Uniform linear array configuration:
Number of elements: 24
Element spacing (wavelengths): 0.5
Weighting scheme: exponential
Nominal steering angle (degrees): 15
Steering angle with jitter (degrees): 13.189
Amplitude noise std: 0.05
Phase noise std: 0.05

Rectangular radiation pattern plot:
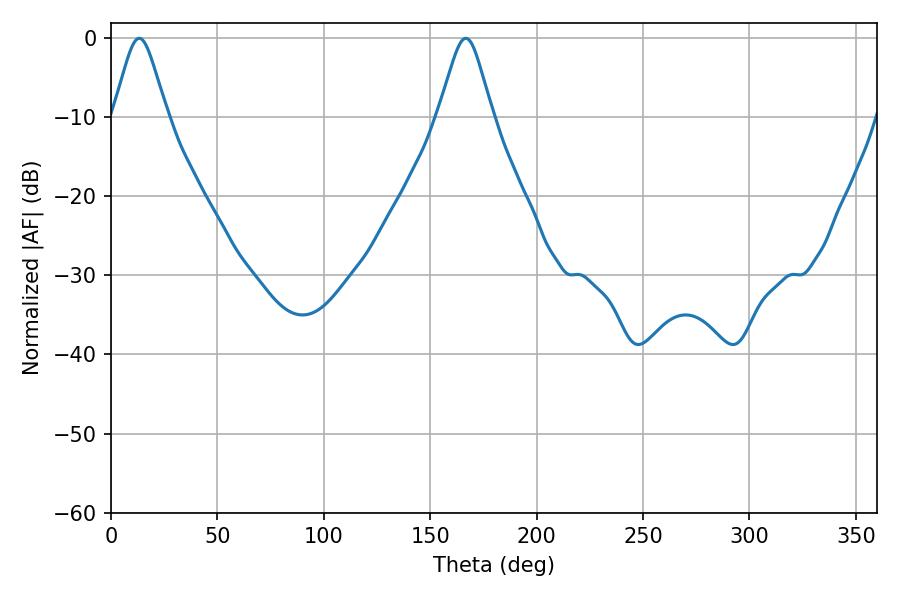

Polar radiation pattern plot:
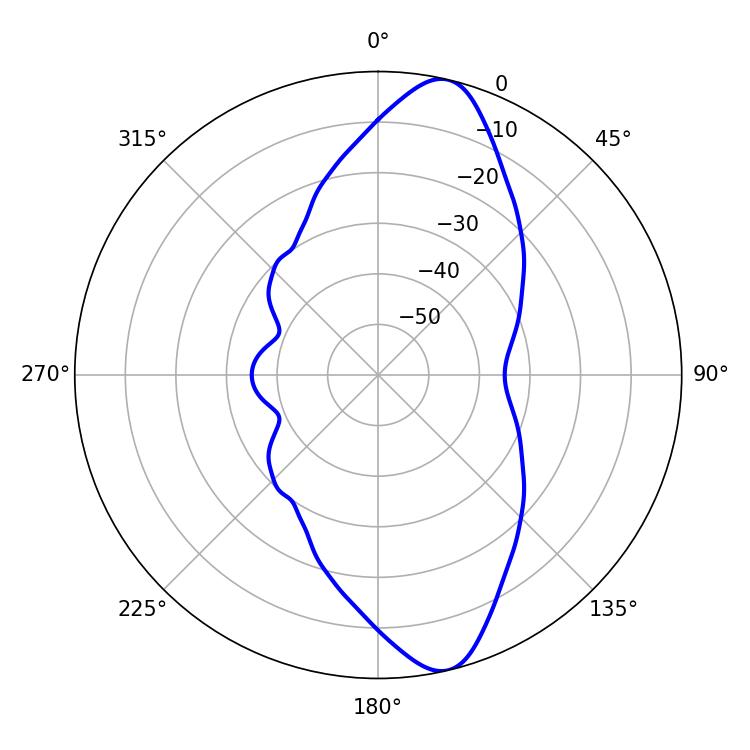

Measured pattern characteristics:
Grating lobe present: FALSE
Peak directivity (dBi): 12.12
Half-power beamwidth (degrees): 12.06
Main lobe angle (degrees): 13.32